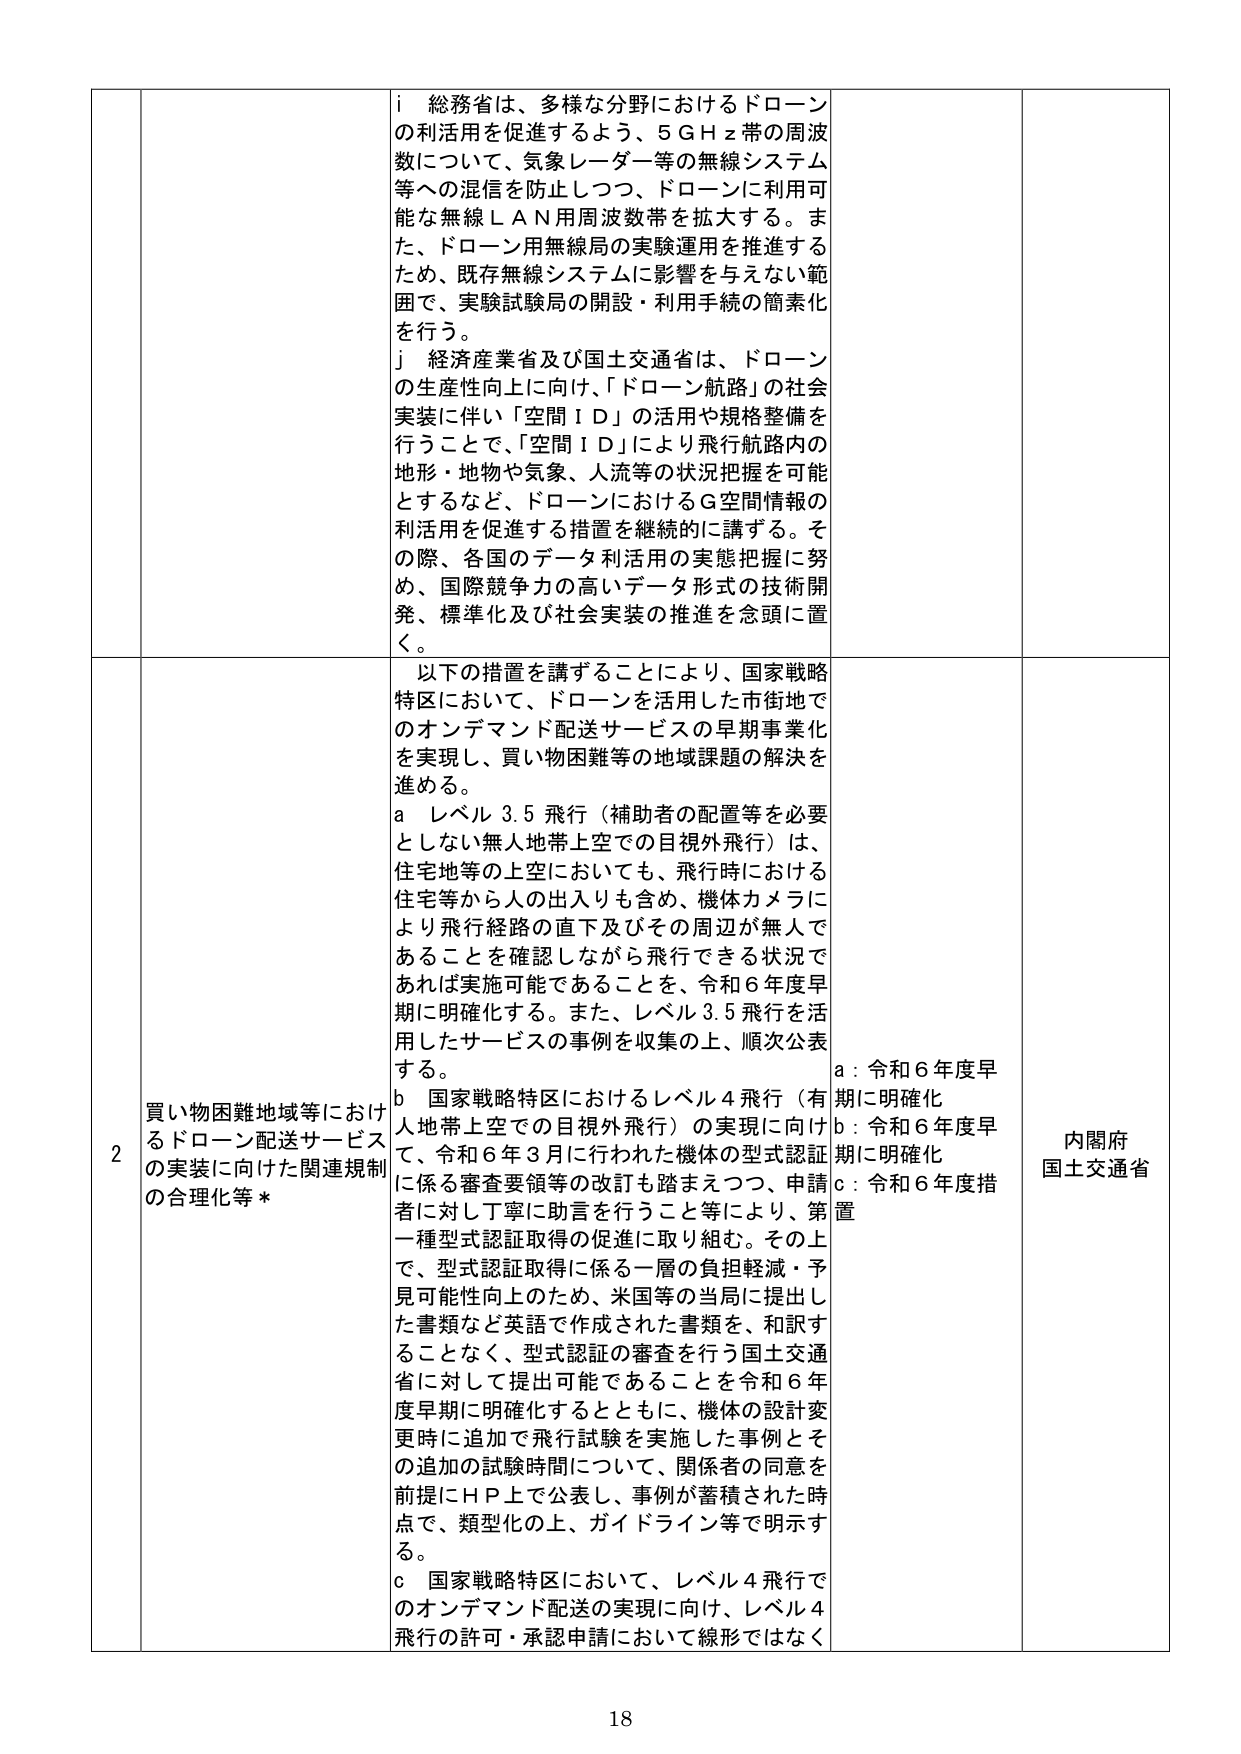
i 総務省は、多様な分野におけるドローンの利活用を促進するよう、5GHz帯の周波数について、気象レーダー等の無線システム等への混信を防止しつつ、ドローンに利用可能な無線LAN用周波数帯を拡大する。また、ドローン用無線局の実験運用を推進するため、既存無線システムに影響を与えない範囲で、実験試験局の開設・利用手続の簡素化を行う。

j 経済産業省及び国土交通省は、ドローンの生産性向上に向け、「ドローン航路」の社会実装に伴い「空間ID」の活用や規格整備を行うことで、「空間ID」により飛行航路内の地形・地物や気象、人流等の状況把握を可能とするなど、ドローンにおけるG空間情報の利活用を促進する措置を継続的に講ずる。その際、各国のデータ利活用の実態把握に努め、国際競争力の高いデータ形式の技術開発、標準化及び社会実装の推進を念頭に置く。

以下の措置を講ずることにより、国家戦略特区において、ドローンを活用した市街地でのオンデマンド配送サービスの早期事業化を実現し、買い物困難等の地域課題の解決を進める。

a レベル3.5飛行（補助者の配置等を必要としない無人地帯上空での目視外飛行）は、住宅地等の上空においても、飛行時における住宅等から人の出入りも含め、機体カメラにより飛行経路の直下及びその周辺が無人であることを確認しながら飛行できる状況であれば実施可能であることを、令和6年度早期に明確化する。また、レベル3.5飛行を活用したサービスの事例を収集の上、順次公表する。

b 国家戦略特区におけるレベル4飛行（有人地帯上空での目視外飛行）の実現に向け、令和6年3月に行われた機体の型式認証に係る審査要領等の改訂も踏まえつつ、申請者に対し丁寧に助言を行うこと等により、第一種型式認証取得の促進に取り組む。その上で、型式認証取得に係る一層の負担軽減・予見可能性向上のため、米国等の当局に提出した書類など英語で作成された書類を、和訳することなく、型式認証の審査を行う国土交通省に対して提出可能であることを令和6年度早期に明確化するとともに、機体の設計変更時に追加で飛行試験を実施した事例とその追加の試験時間について、関係者の同意を前提にHP上で公表し、事例が蓄積された時点で、類型化の上、ガイドライン等で明示する。

c 国家戦略特区において、レベル4飛行でのオンデマンド配送の実現に向け、レベル4飛行の許可・承認申請において線形ではなく

2 買い物困難地域等におけるドローン配送サービスの実装に向けた関連規制の合理化等*

a：令和6年度早期に明確化
b：令和6年度早期に明確化
c：令和6年度措置

内閣府
国土交通省

18